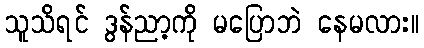
သူသိရင် ဒွန်ညာ့ကို မပြောဘဲ နေမလား။